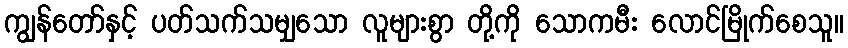
ကျွန်တော်နှင့် ပတ်သက်သမျှသော လူများစွာ တို့ကို သောကမီး လောင်မြိုက်စေသူ။